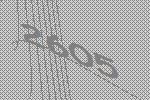
2605